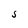
Character: S